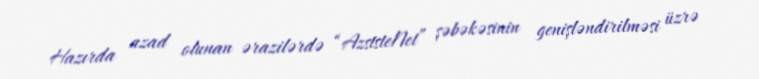
Hazırda azad olunan ərazilərdə “AzststeNet” şəbəkəsinin genişləndirilməsi üzrə